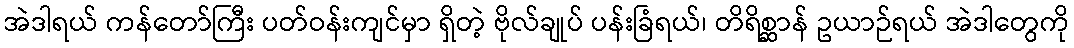
အဲဒါရယ် ကန်တော်ကြီး ပတ်ဝန်းကျင်မှာ ရှိတဲ့ ဗိုလ်ချုပ် ပန်းခြံရယ်၊ တိရိစ္ဆာန် ဥယာဉ်ရယ် အဲဒါတွေကို